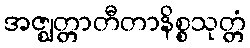
အဇ္ဈတ္တာတီတာနိစ္စသုတ္တံ